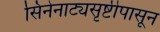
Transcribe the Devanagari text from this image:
सिनेनाट्यसृष्टीपासून